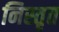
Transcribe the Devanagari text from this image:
निस्तृत